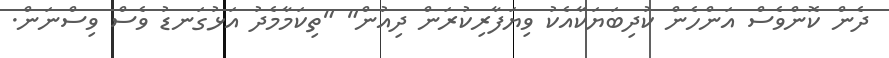
ދެން ކޮންވެސް އަންހެން ކުދިބަޔަކާއެކު ވިޔަފާރިކުރަން ދިއުން" "ތިކަމާމެދު އަޅުގަނޑު ވެސް ވިސްނަން.